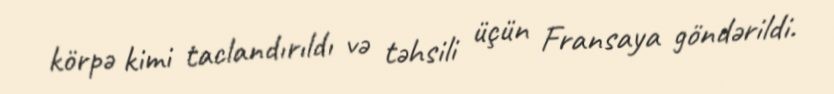
körpə kimi taclandırıldı və təhsili üçün Fransaya göndərildi.